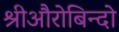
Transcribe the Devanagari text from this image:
श्रीऔरोबिन्दो